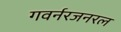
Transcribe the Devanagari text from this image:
गवर्नरजनरल